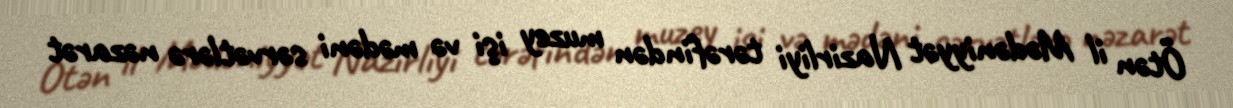
Ötən il Mədəniyyət Nazirliyi tərəfindən muzey işi və mədəni sərvətlərə nəzarət